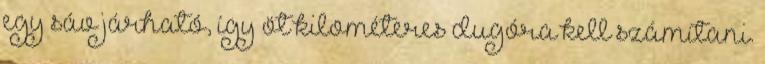
egy sáv járható, így öt kilométeres dugóra kell számítani.